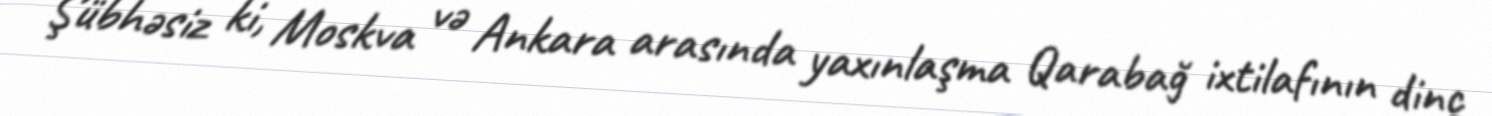
Şübhəsiz ki, Moskva və Ankara arasında yaxınlaşma Qarabağ ixtilafının dinc